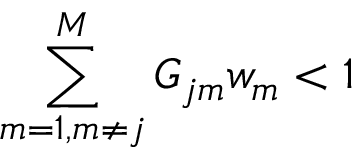
\sum _ { m = 1 , m \ne j } ^ { M } G _ { j m } w _ { m } < 1